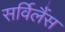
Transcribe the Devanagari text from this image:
सर्विलैंस